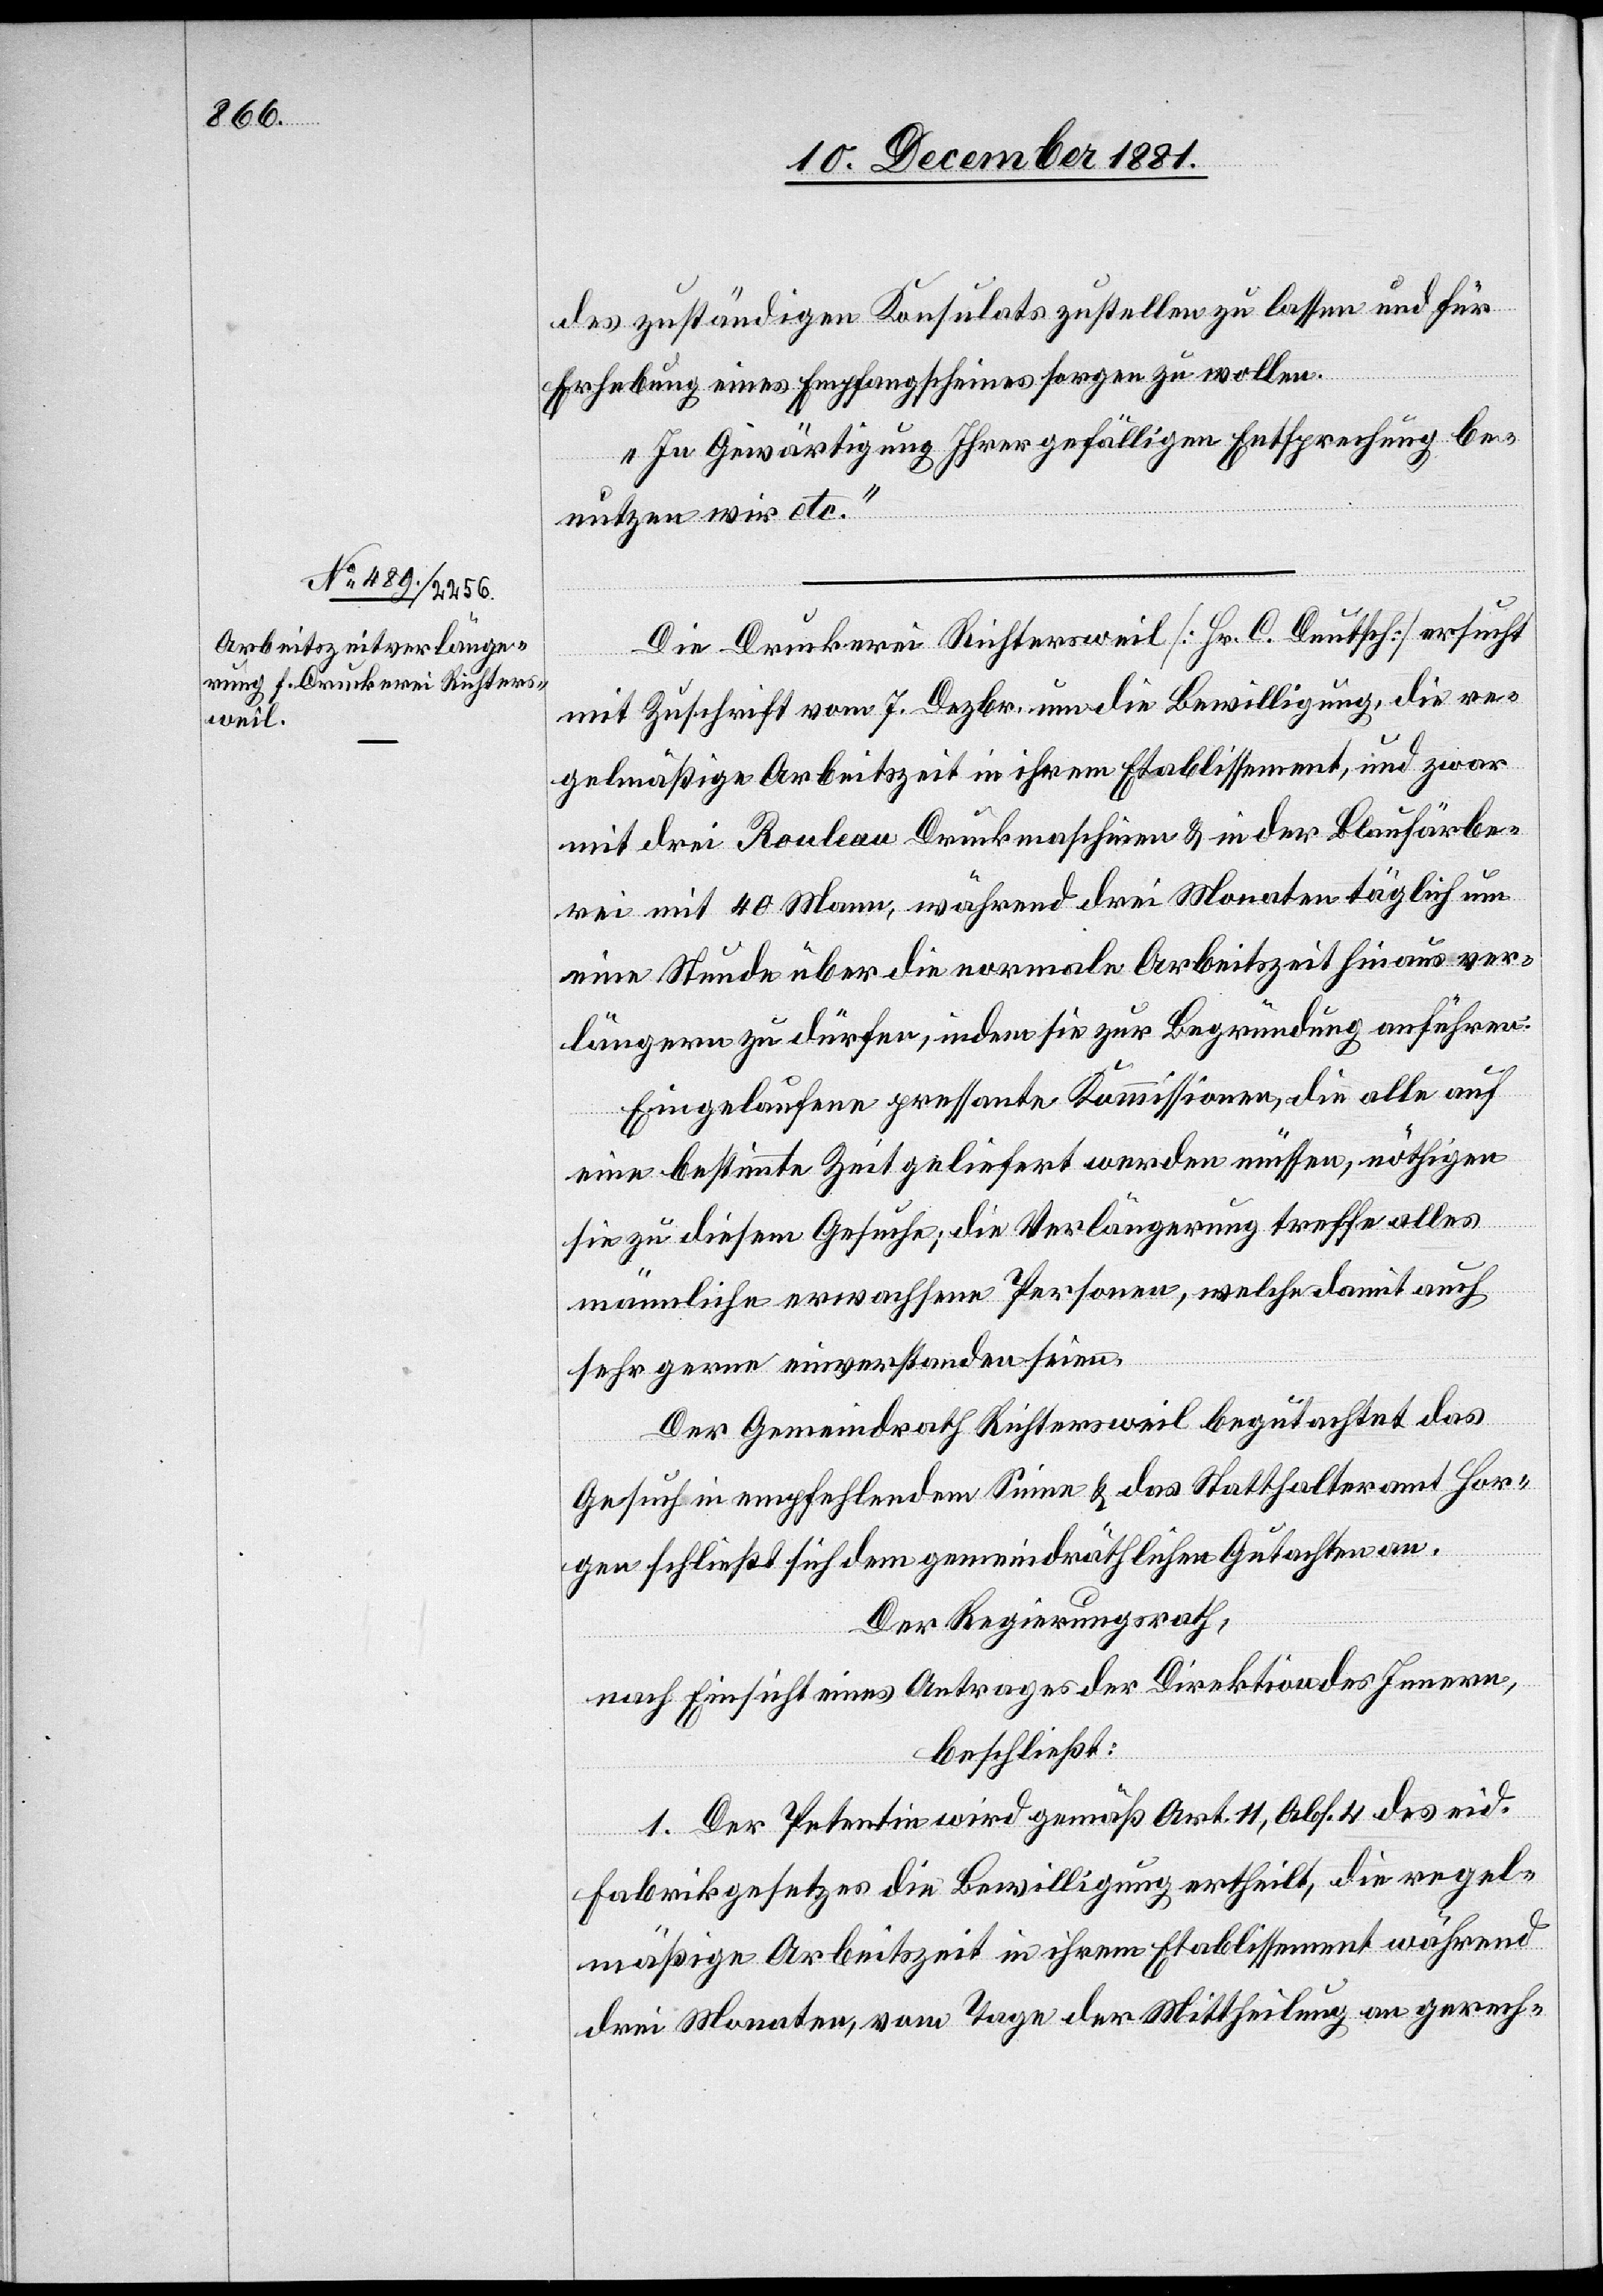
13. December 1881.]
des zuständigen Konsulats zustellen zu lassen und für
Erhebung eines Empfang[s]scheines sorgen zu wollen.
In Gewärtigung Ihrer gefälligen Entsprechung be¬
nutzen wir etc.“
Die Druckerei Richtersweil [Hr. C. Deutsch] ersucht
mit Zuschrift vom 7. Dezbr. um die Bewilligung, die re¬
gelmäßige Arbeitszeit in ihrem Etablissement, und zwar
mit drei Rouleau Druckmaschinen & in der Blaufärbe¬
rei mit 40 Mann, während drei Monaten täglich um
eine Stunde über die normale Arbeitszeit hinaus ver¬
längern zu dürfen, indem sie zur Begründung anführen:
Eingelaufene pressante Kommissionen, die alle auf
eine bestimmte Zeit geliefert werden müssen, nöthigen
sie zu diesem Gesuche; die Verlängerung treffe alles
männliche erwachsene Personen, welche damit auch
sehr gerne einverstanden seien.
Der Gemeindrath Richtersweil begutachtet das
Gesuch in empfehlendem Sinne & das Statthalteramt Hor¬
gen schließt sich dem gemeindräthlichen Gutachten an.
Der Regierungsrath,
nach Einsicht eines Antrages der Direktion des Innern,
beschließt:
1. Der Petentin wird gemäß Art. 11, Abs. 4 des eid.
Fabrikgesetzes die Bewilligung ertheilt, die regel¬
mäßige Arbeitszeit in ihrem Etablissement während
drei Monaten, vom Tage der Mittheilung an gerech-